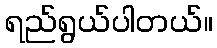
ရည်ရွယ်ပါတယ်။